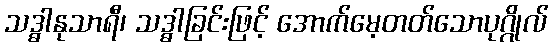
သဒ္ဓါနုသာရီ၊ သဒ္ဓါခြင်းဖြင့် အောက်မေ့တတ်သောပုဂ္ဂိုလ်